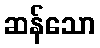
ဆန်သော